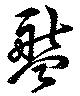
盤